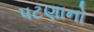
પટણાનો